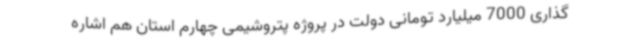
گذاری 7000 میلیارد تومانی دولت در پروژه پتروشیمی چهارم استان هم اشاره